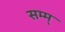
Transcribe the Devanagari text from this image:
सम्म्